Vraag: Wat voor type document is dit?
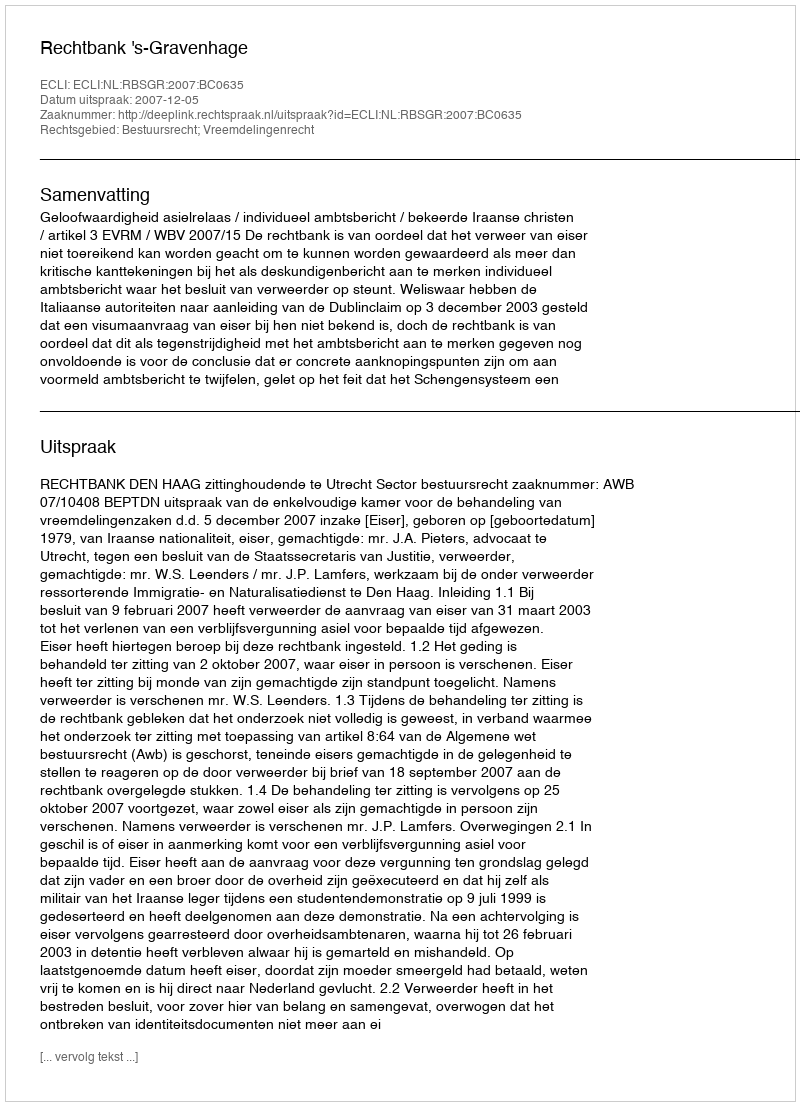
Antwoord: Uitspraak